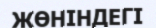
ЖӨНІНДЕГІ